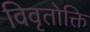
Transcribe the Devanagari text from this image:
विवृतोक्ति